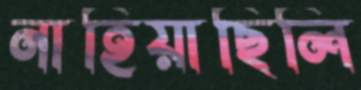
নাহিয়াছিলি